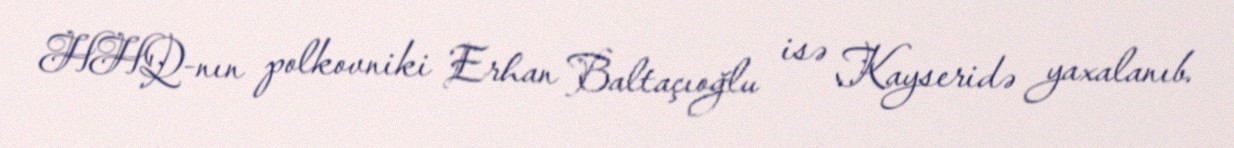
HHQ-nın polkovniki Erhan Baltaçıoğlu isə Kayseridə yaxalanıb.